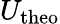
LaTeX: U_{\mathrm{theo}}